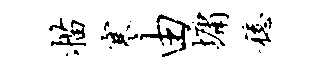
描寒由墉稳